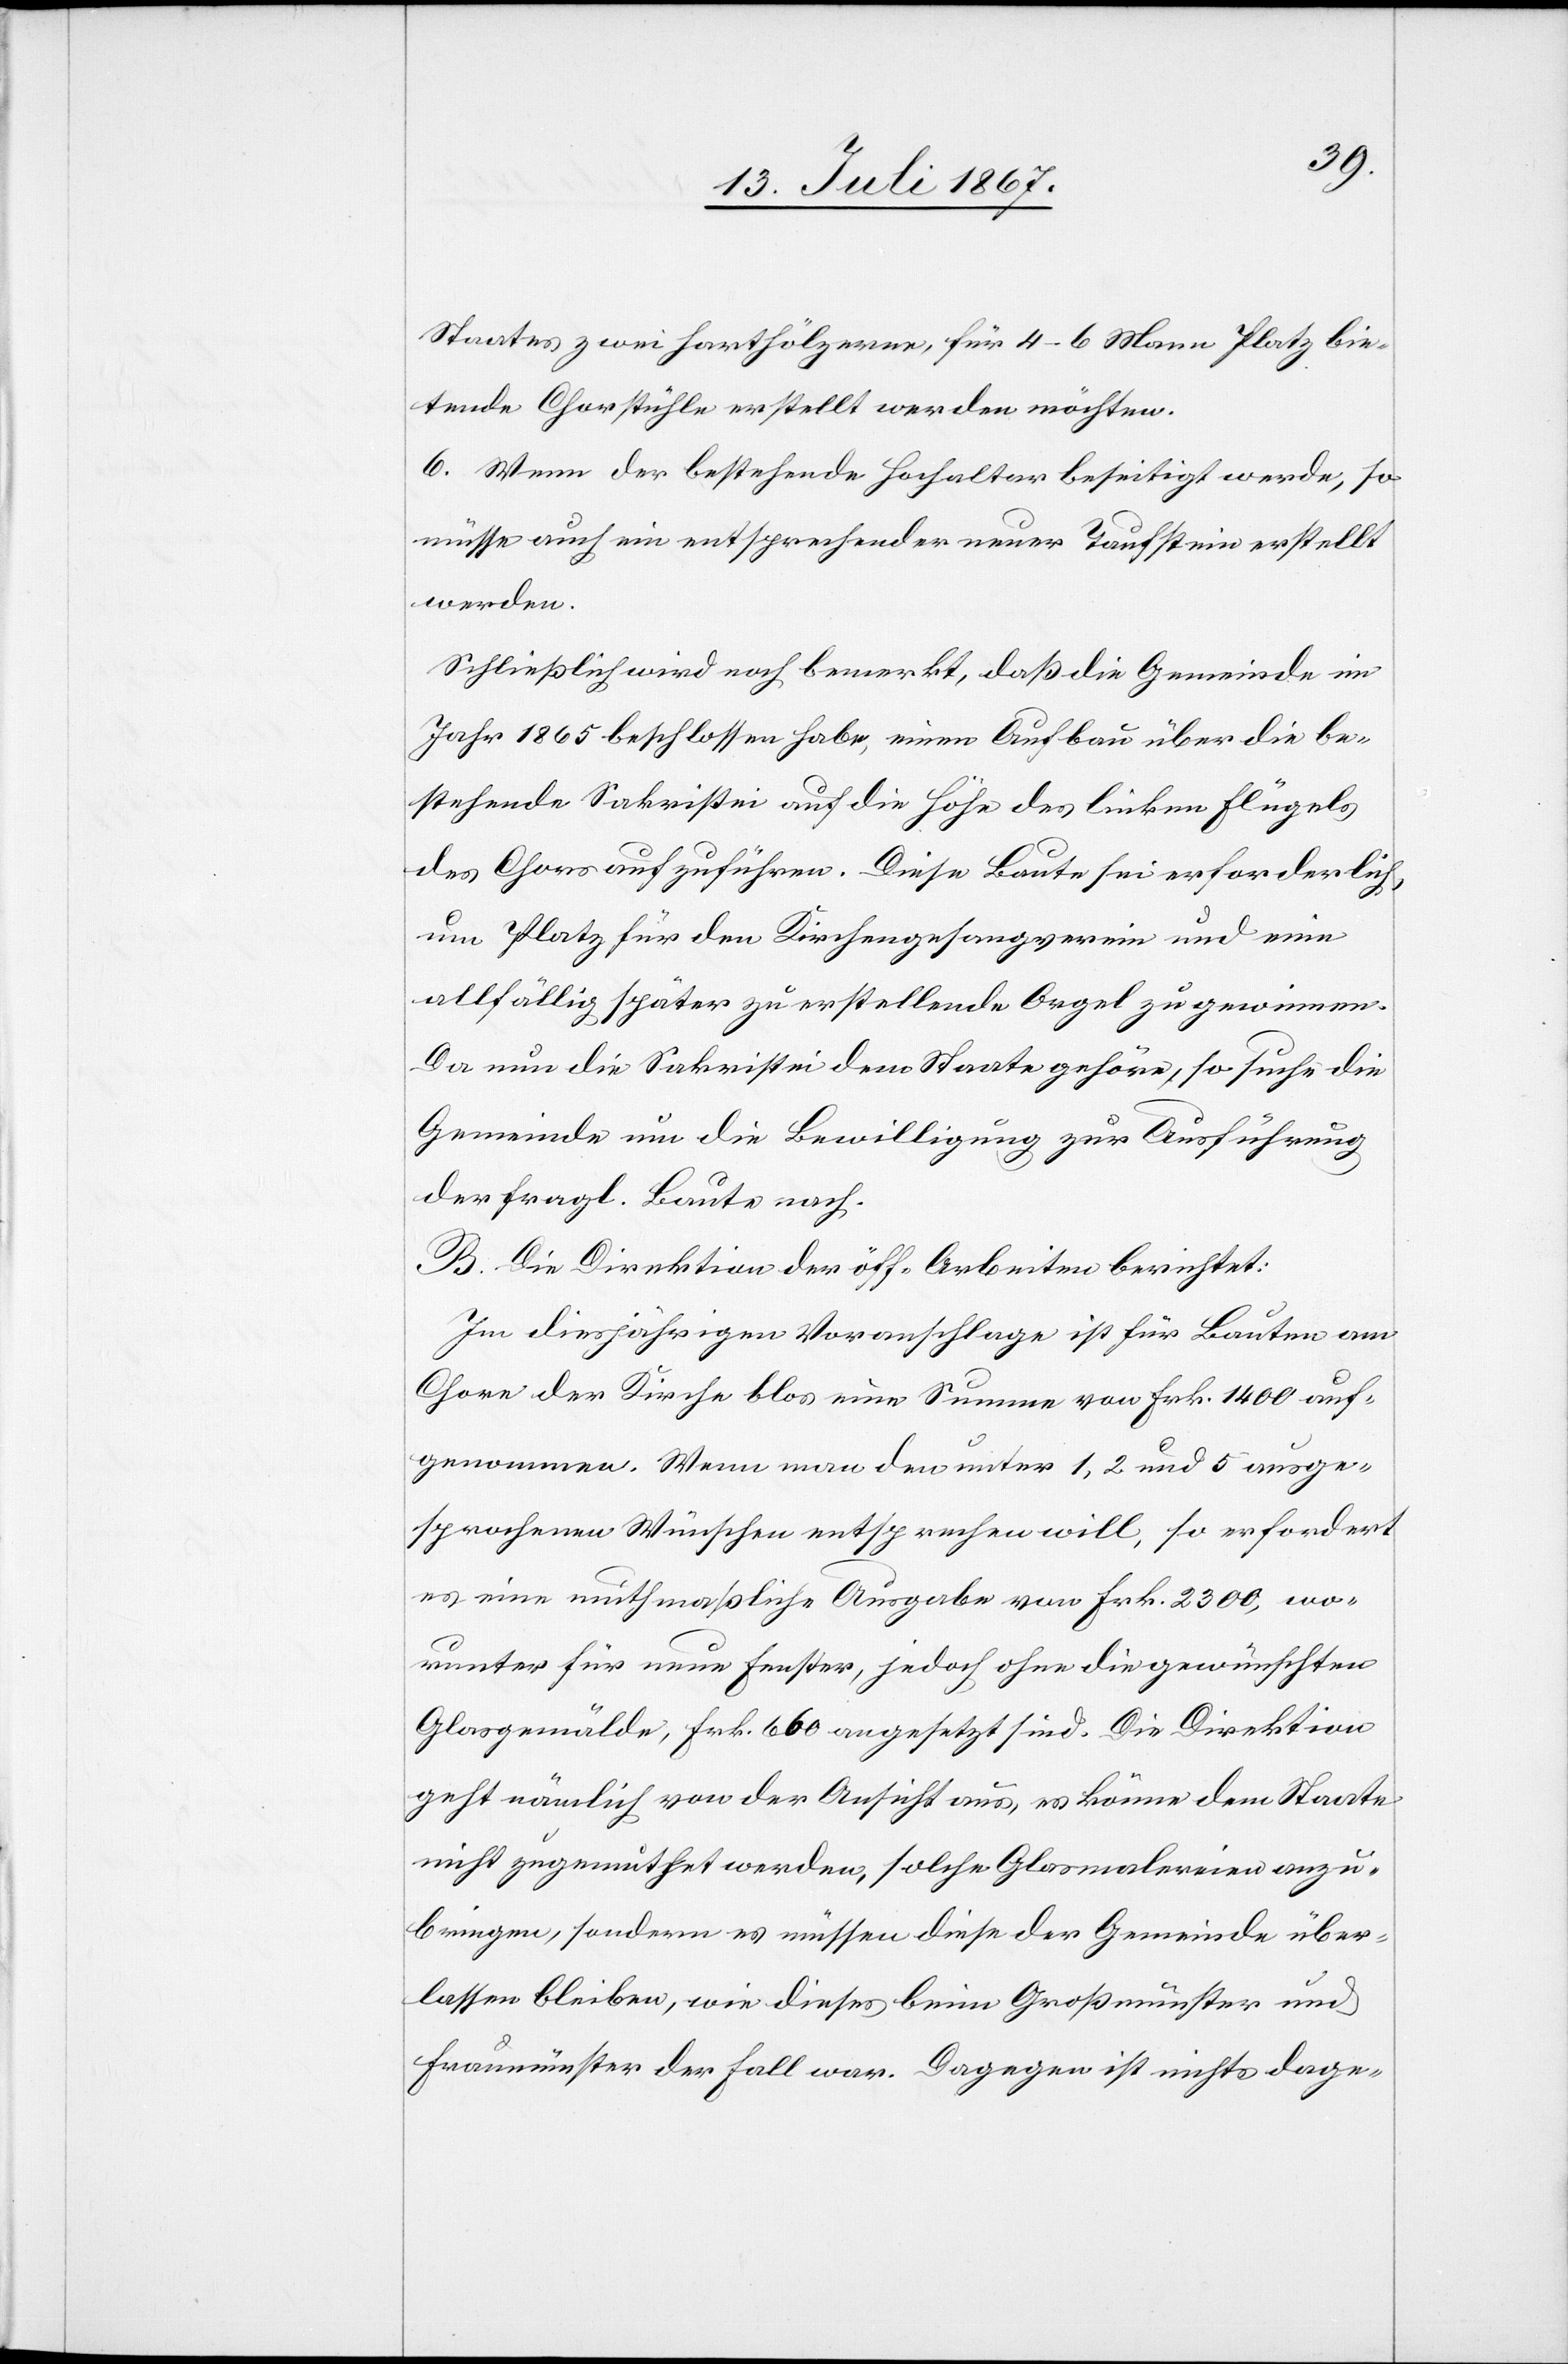
Staates zwei harthölzerne, für 4–6 Mann Platz bie¬
tende Chorstühle erstellt werden möchten.
6. Wenn der bestehende Hochaltar beseitigt werde, so
müsse auch ein entsprechender neuer Taufstein erstellt
werden.
Schließlich wird noch bemerkt, daß die Gemeinde im
Jahr 1865 beschlossen habe, einen Aufbau über die be¬
stehende Sakristei auf die Höhe des linken Flügels
des Chors aufzuführen. Diese Baute sei erforderlich,
um Platz für den Kirchengesangsverein und eine
allfällige zu erstellende Orgel zu gewinnen.
Da nun die Sakristei dem Staate gehöre, so suche die
Gemeinde um die Bewilligung zur Ausführung
der fragl. Baute nach.
B. Die Direktion der öff. Arbeiten berichtet:
Im diesjährigen Voranschlage ist für Bauten am
Chore der Kirche blos eine Summe von Frk. 1400 auf¬
genommen. Wenn man den unter 1, 2 und 5 ausge¬
sprochenen Wünschen entsprechen will, so erfordert
es eine muthmaßliche Ausgabe von Frk. 2300, wo¬
runter für neue Fenster, jedoch ohne die gewünschten
Chorgemälde, Frk. 660 angesetzt sind. Die Direktion
geht nämlich von der Ansicht aus, es könnte dem Staate
nicht zugemuthet werden, solche Glasmalereien anzu¬
bringen, sondern es müssen diese der Gemeinde über¬
lassen bleiben, wie dieses beim Großmünster und
Fraumünster der Fall war. Dagegen ist nichts dage-